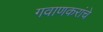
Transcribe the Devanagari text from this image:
गवाणकरांचे